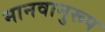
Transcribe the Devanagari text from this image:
मानवानुरूप